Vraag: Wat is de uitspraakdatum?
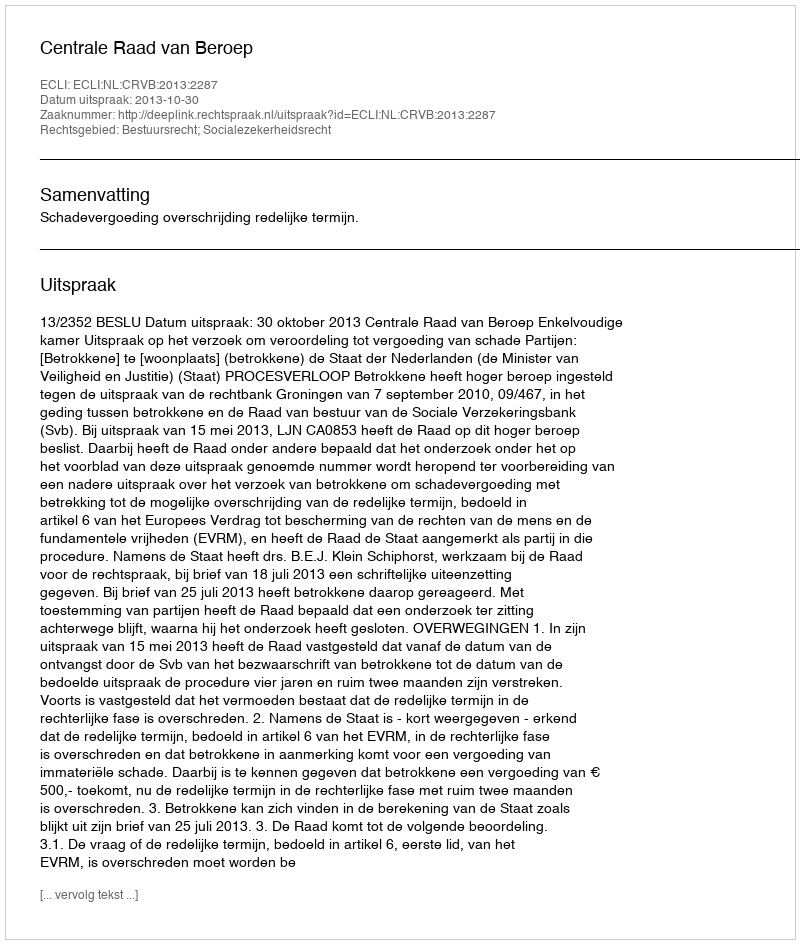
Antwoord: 2013-10-30